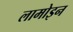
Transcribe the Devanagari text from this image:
लामोइन